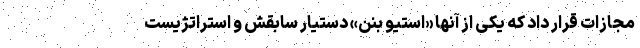
مجازات قرار داد که یکی از آنها «استیو بنن» دستیار سابقش و استراتژیست